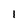
Character: 1